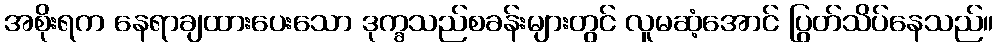
အစိုးရက နေရာချထားပေးသော ဒုက္ခသည်စခန်းများတွင် လူမဆံ့အောင် ပြွတ်သိပ်နေသည်။